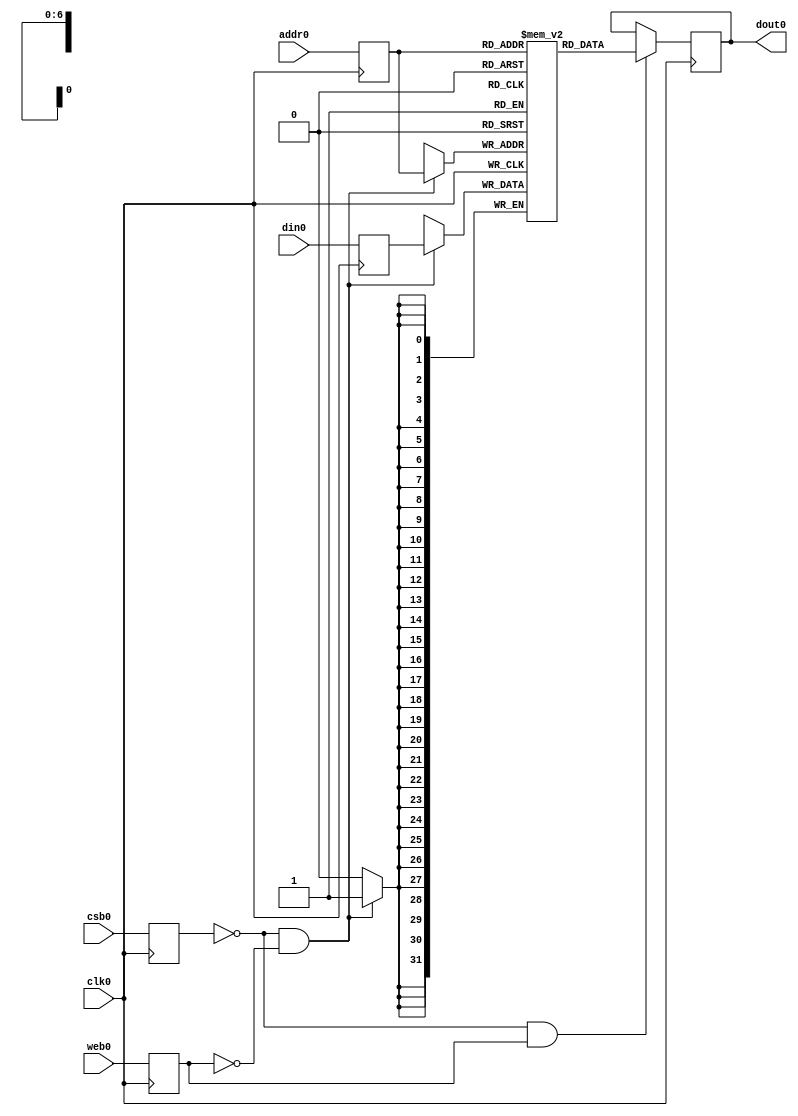
// OpenRAM SRAM model
// Words: 128
// Word size: 32

module sram_1rw0r0w_32_128_freepdk45(
`ifdef USE_POWER_PINS
    vdd,
    gnd,
`endif
// Port 0: RW
    clk0,csb0,web0,addr0,din0,dout0
  );

  parameter DATA_WIDTH = 32 ;
  parameter ADDR_WIDTH = 7 ;
  parameter RAM_DEPTH = 1 << ADDR_WIDTH;
  // FIXME: This delay is arbitrary.
  parameter DELAY = 0 ;
  parameter VERBOSE = 1 ; //Set to 0 to only display warnings
  parameter T_HOLD = 1 ; //Delay to hold dout value after posedge. Value is arbitrary

`ifdef USE_POWER_PINS
    inout vdd;
    inout gnd;
`endif
  input  clk0; // clock
  input   csb0; // active low chip select
  input  web0; // active low write control
  input [ADDR_WIDTH-1:0]  addr0;
  input [DATA_WIDTH-1:0]  din0;
  output [DATA_WIDTH-1:0] dout0;

  reg [DATA_WIDTH-1:0]    mem [0:RAM_DEPTH-1];

  reg  csb0_reg;
  reg  web0_reg;
  reg [ADDR_WIDTH-1:0]  addr0_reg;
  reg [DATA_WIDTH-1:0]  din0_reg;
  reg [DATA_WIDTH-1:0]  dout0;

  // All inputs are registers
  always @(posedge clk0)
  begin
    csb0_reg = csb0;
    web0_reg = web0;
    addr0_reg = addr0;
    din0_reg = din0;
  end


  // Memory Write Block Port 0
  // Write Operation : When web0 = 0, csb0 = 0
  always @ (negedge clk0)
  begin : MEM_WRITE0
    if ( !csb0_reg && !web0_reg ) begin
        mem[addr0_reg][31:0] = din0_reg[31:0];
    end
  end

  // Memory Read Block Port 0
  // Read Operation : When web0 = 1, csb0 = 0
  always @ (negedge clk0)
  begin : MEM_READ0
    if (!csb0_reg && web0_reg)
       dout0 <= #(DELAY) mem[addr0_reg];
  end

endmodule